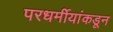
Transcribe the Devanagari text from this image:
परधर्मीयांकडून